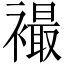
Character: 襊